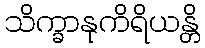
သိက္ခာနုကိရိယန္တိ